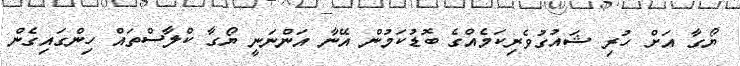
ޔޯގާ އަށް ހުރި ޝައުގުވެރިކަމެއްގެ ބޮޑުކަމުން އޭނާ އަންނަނީ ޔޯގާ ކްލާސްތައް ހިންގައިގެން